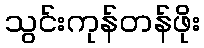
သွင်းကုန်တန်ဖိုး